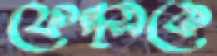
ফেল্প্সকে